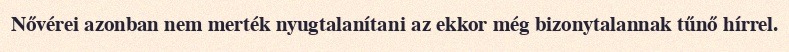
Nővérei azonban nem merték nyugtalanítani az ekkor még bizonytalannak tűnő hírrel.